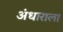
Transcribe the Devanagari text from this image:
अंधाराला